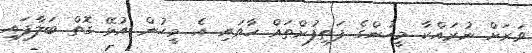
ވަރަށް ނުރައްކާ މީހުންގެ ފަތިފުށްތައް ހާވައި އެ މީހުން އުޅޭ ގޮތް ބަލާފައި